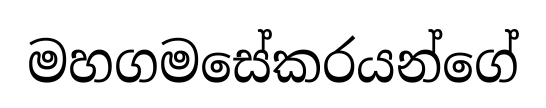
මහගමසේකරයන්ගේ